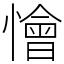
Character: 懀